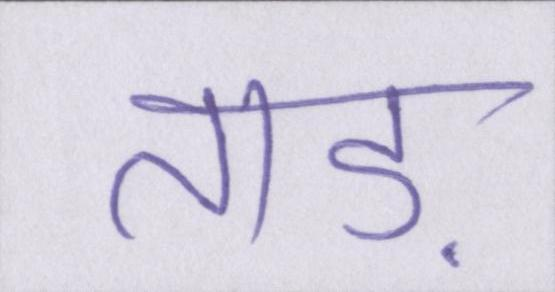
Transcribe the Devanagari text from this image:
ताड़